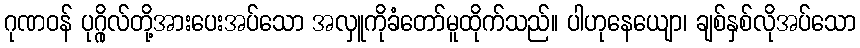
ဂုဏဝန် ပုဂ္ဂိုလ်တို့အားပေးအပ်သော အလှူကိုခံတော်မူထိုက်သည်။ ပါဟုနေယျော၊ ချစ်နှစ်လိုအပ်သော